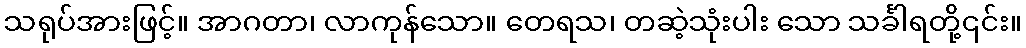
သရုပ်အားဖြင့်။ အာဂတာ၊ လာကုန်သော။ တေရသ၊ တဆဲ့သုံးပါး သော သင်္ခါရတို့၎င်း။